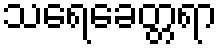
သရေခေတ္တရာ